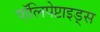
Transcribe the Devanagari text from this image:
पॉलिपेप्टाइड्स